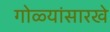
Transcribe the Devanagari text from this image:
गोळ्यांसारखे